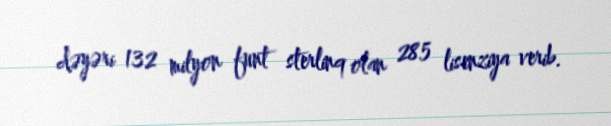
dəyəri 132 milyon funt sterlinq olan 285 lisenziya verib.